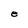
Character: e